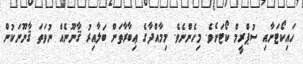
ހައިކޯޓަށާއި ސުޕްރީމް ކޯޓަށެވެ. މިހެންނެވެ. މިމާއްދާގެ ޢިބާރާތަށް ބަލާއިރު ޤާނޫނެއް ނުވަތަ ޤާނޫނަކުން